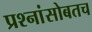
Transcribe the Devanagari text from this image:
प्रश्नांसोबतच